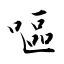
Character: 嘔